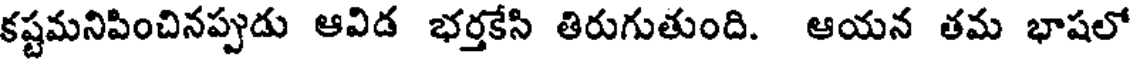
కష్టమనిపించినప్పుడు ఆవిడ భర్తకేసి తిరుగుతుంది. ఆయన తమ భాషలో